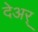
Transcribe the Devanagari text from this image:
देअर्